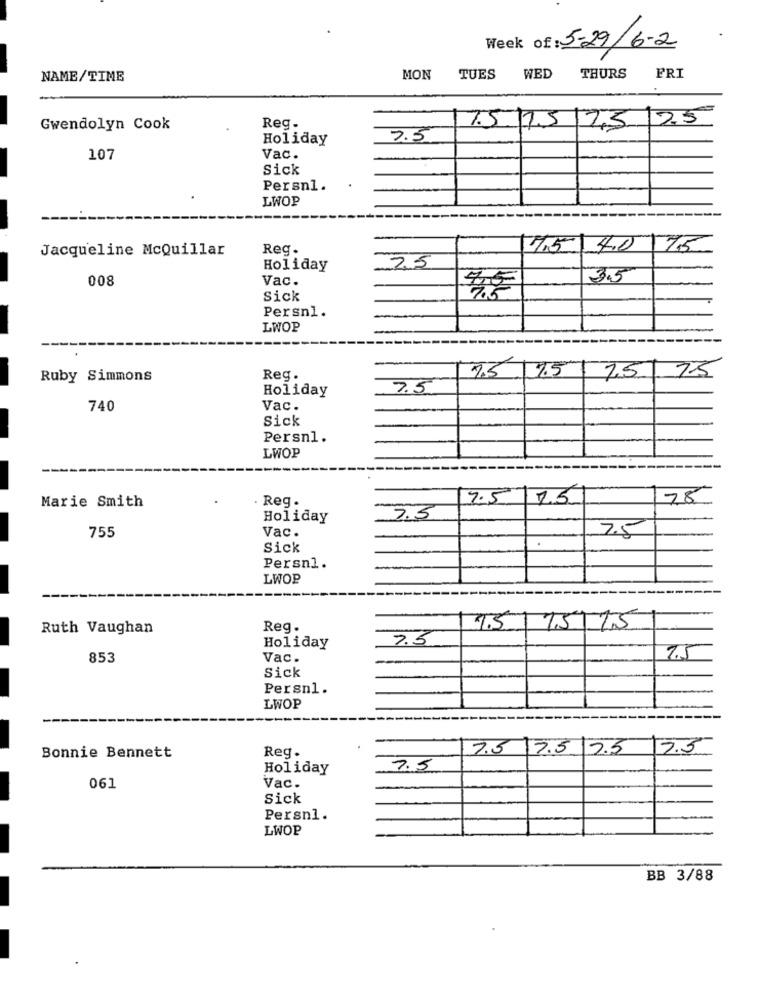
Week of: 5-29/6-2
NAME/TIME
MON
TUES
WED
THURS
FRI
Gwendolyn Cook
Reg.
1.5 7.5 73 25
Holiday
2.5
107
Vac.
Sick
Persn1.
LWOP
Jacqueline McQuillar
Reg.
7,5 4.0 75
25
Holiday
008
Vac.
3.5
Sick
Persnl.
LWOP
7.5
7.5
Ruby Simmons
Reg.
7.5 75
Holiday
7.5
740
Vac.
Sick
Persn1.
LWOP
Marie Smith
. Reg .
7.5
25
78
Holiday
7.5
Vac.
755
2.5
Sick
Persn1.
LWOP
Ruth Vaughan
Reg.
4.5
1/5/15
7.5
Holiday
853
Vac.
7.5
Sick
Persnl.
LWOP
Reg.
7.5 7.5 7.5
13.5
Bonnie Bennett
Holiday
7.5
061
Vac.
Sick
Persn1.
LWOP
BB 3/88